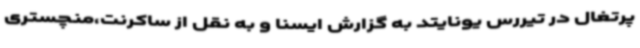
پرتغال در تیررس یونایتد به گزارش ایسنا و به نقل از ساکرنت،منچستری